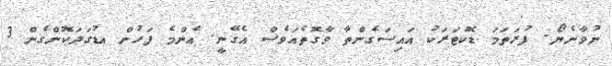
ނުވާނެޔޯ. ފުރަތަމަ ޑޮކުޓަރަކު އައިސަގެންތާ ވާގޮތެއަވެސް އެގޭނީ. ޢެންމެ ފަހުން އޑުގަދަކޮންގެން 3